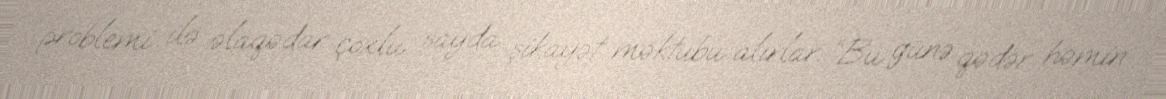
problemi ilə əlaqədar çoxlu sayda şikayət məktubu alırlar: “Bu günə qədər həmin